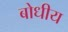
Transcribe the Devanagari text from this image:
बोधीय